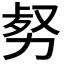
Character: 𠡹